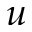
u